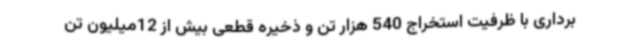
برداری با ظرفیت استخراج 540 هزار تن و ذخیره قطعی بیش از 12میلیون تن